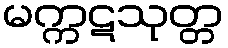
မက္ကဋသုတ္တ